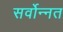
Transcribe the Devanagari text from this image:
सर्वोन्नत